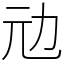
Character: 𠠺